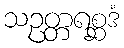
သဥတ္တရစ္ဆဒံ